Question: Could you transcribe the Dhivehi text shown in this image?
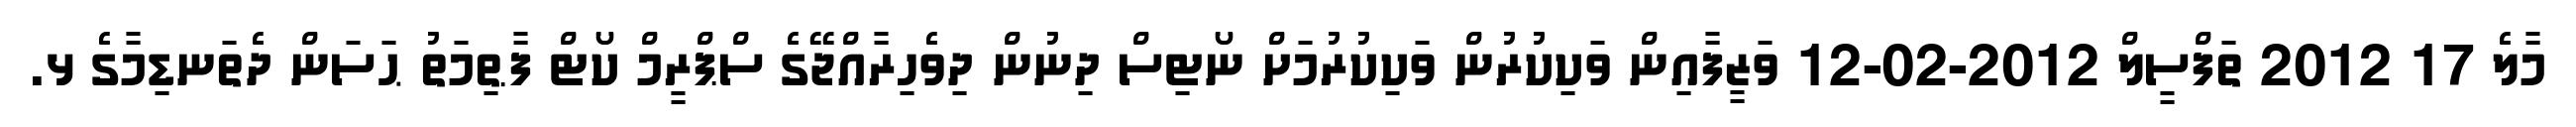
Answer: މާލެ 17 2012 ތަފްސީލް 2012-02-12 ވަޒީފާއިން ވަކިކުރުން ވަކިކުރުމަށް ނޯޓިސް ދިނުން ދިވެހިރާއްޖޭގެ ސްޕްރީމް ކޯޓް ފާޠިމަތު ޙަސަން ދެތަނޑިމާގެ ޅ.